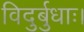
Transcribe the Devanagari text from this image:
विदुर्बुधाः।